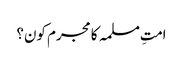
امتِ مسلمہ کا مجرم کون؟